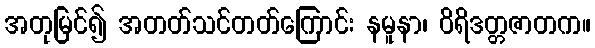
အတုမြင်၍ အတတ်သင်တတ်ကြောင်း နမူနာ၊ ဝိရိဒတ္တဇာတက။